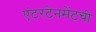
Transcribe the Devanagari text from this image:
एंटरटेनमेंटची